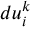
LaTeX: d u _ { i } ^ { k }